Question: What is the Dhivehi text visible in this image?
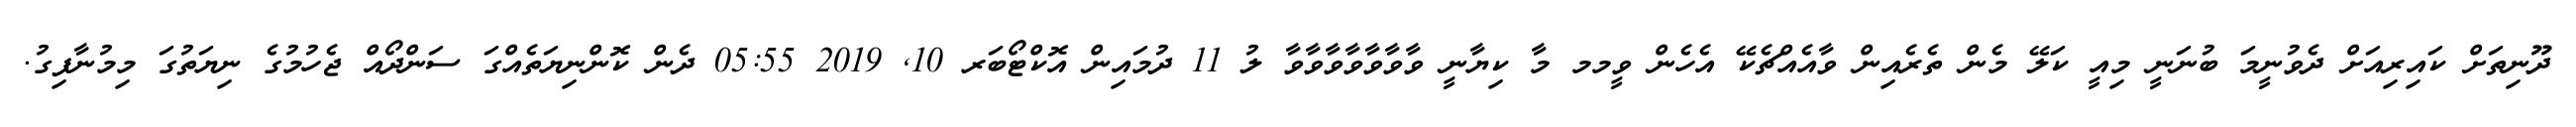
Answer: ދޫނިތަށް ކައިރިއަށް ދެވުނީމަ ބުނަނީ މިއީ ކަލޭ މެން ތެރެއިން ވާއެއްޗެކޭ އެހެން ވީމމ މާ ކިޔާނީ ވާވާވާވާވާވާވާ ލު 11 ދުމައިން އޮކްޓޯބަރ 10, 2019 05:55 ދެން ކޮންނިޔަތެއްގަ ސަންދޯއް ޖެހުމުގެ ނިޔަތުގަ މިމުނާފިގު.